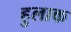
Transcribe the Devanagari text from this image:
हुलाक